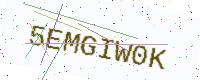
Text: 5EMGIW0K